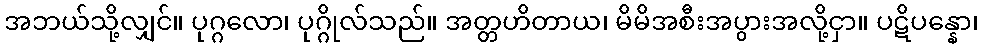
အဘယ်သို့လျှင်။ ပုဂ္ဂလော၊ ပုဂ္ဂိုလ်သည်။ အတ္တဟိတာယ၊ မိမိအစီးအပွားအလို့ငှာ။ ပဋိပန္နော၊